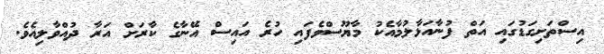
އިސްތަށިގަޑުގައި އަތް ފުނާއަޅާލުމާއެކު މާޔޫސްވެފައި ހުރެ އައިސް އޭނާގެ ކާރަށް އަރާ ދުއްވާލިއެވެ.